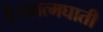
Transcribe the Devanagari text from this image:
है।आत्मघाती